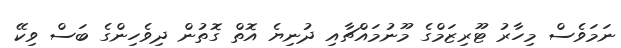
ނަމަވެސް މިހާރު ޓޫރިޒަމްގެ މޫނުމައްޗާއި ދުނިޔެ އޮތް ގޮތުން ދިވެހިންގެ ބަސް ވިކޭ